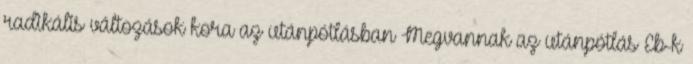
radikális változások kora az utánpótlásban Megvannak az utánpótlás Eb-k